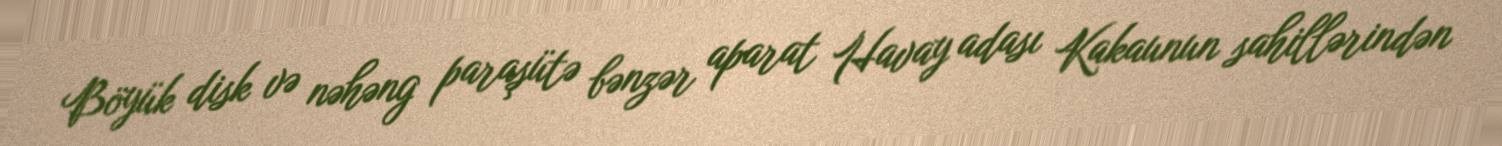
Böyük disk və nəhəng paraşütə bənzər aparat Havay adası Kakaunun sahillərindən